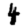
Digit: 4